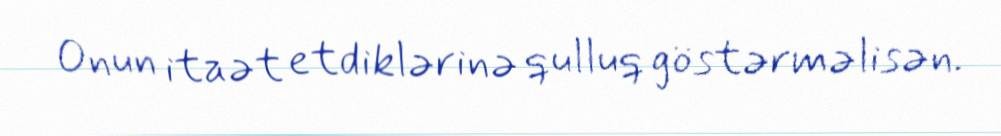
Onun itaət etdiklərinə qulluq göstərməlisən.